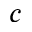
^ c